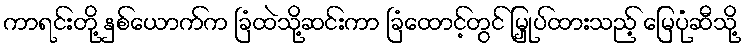
ကာရင်းတို့ နှစ်ယောက်က ခြံထဲသို့ဆင်းကာ ခြံထောင့်တွင် မြှုပ်ထားသည့် မြေပုံဆီသို့